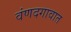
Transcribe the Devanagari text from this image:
वंणदगावात